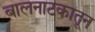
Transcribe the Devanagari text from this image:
बालनाटकातून